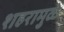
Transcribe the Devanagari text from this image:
शहरामुळे